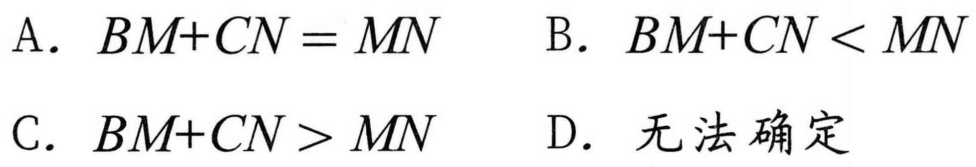
A. \(BM + CN=MN\)  B. \(BM + CN\lt MN\)
C. \(BM + CN\gt MN\)  D. 无法确定